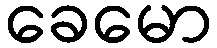
ခေမော